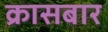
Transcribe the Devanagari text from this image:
क्रासबार